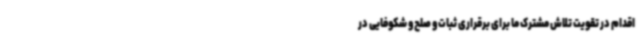
اقدام در تقویت تلاش مشترک ما برای برقراری ثبات و صلح و شکوفایی در